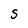
Character: S